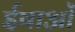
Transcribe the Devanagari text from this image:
ईषाओं